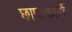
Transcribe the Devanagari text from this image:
छापाकारों